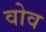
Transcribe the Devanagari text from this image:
वोव